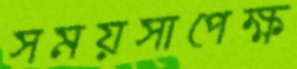
সময়সাপেক্ষ